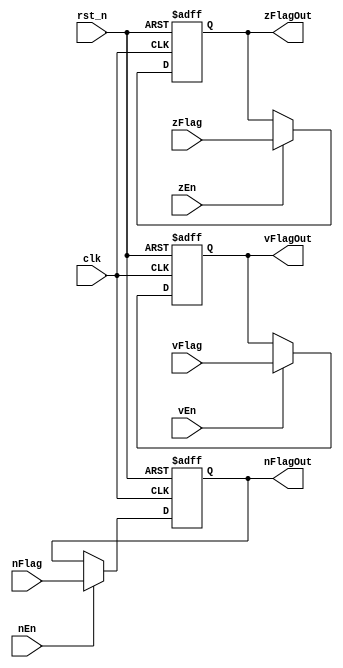
module flagRegister(clk, rst_n, nFlag, zFlag, vFlag, nEn, zEn, vEn, nFlagOut, zFlagOut, vFlagOut);
	input clk, rst_n, nFlag, zFlag, vFlag, nEn, zEn, vEn;
	output reg nFlagOut, zFlagOut, vFlagOut;

	always@ (posedge clk, negedge rst_n) begin
		if(!rst_n)
			nFlagOut <= 0;
		else if(nEn)
			nFlagOut <= nFlag;
		else
			nFlagOut <= nFlagOut;
	end

	always @ (posedge clk, negedge rst_n) begin
		if(!rst_n)
			zFlagOut <= 0;
		else if(zEn)
			zFlagOut <= zFlag;
		else
			zFlagOut <= zFlagOut;
	end
	
	always @ (posedge clk, negedge rst_n) begin
		if(!rst_n)
			vFlagOut <= 0;
		else if(vEn)
			vFlagOut = vFlag;
		else
			vFlagOut = vFlagOut;
	end
endmodule